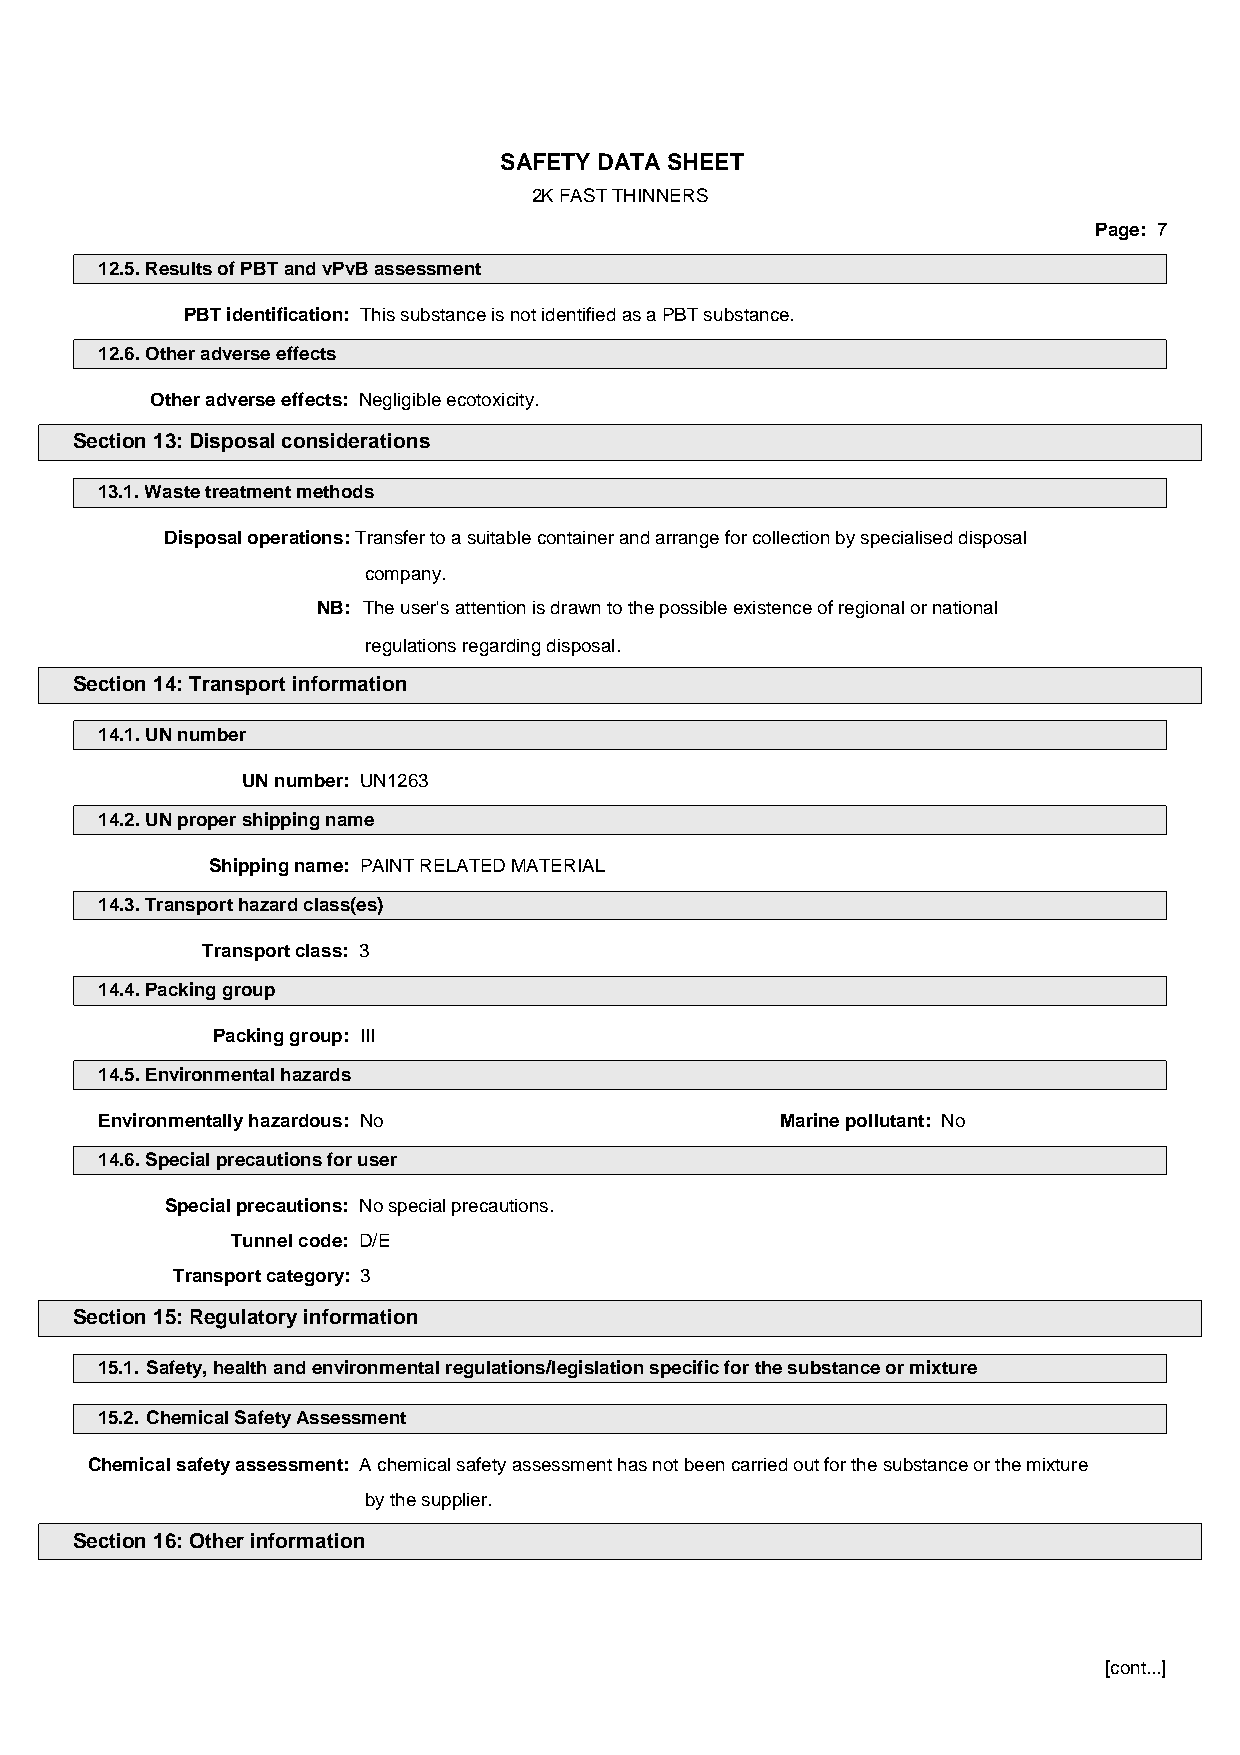
SAFETY DATA SHEET
 2K FAST THINNERS
 Page: 7
 12.5. Results of PBT and vPvB assessment
 PBT identification: This substance is not identified as a PBT substance.
 12.6. Other adverse effects
 Other adverse effects: Negligible ecotoxicity.
 Section 13: Disposal considerations
 13.1. Waste treatment methods
 Disposal operations: Transfer to a suitable container and arrange for collection by specialised disposal
 company.
 NB: The user's attention is drawn to the possible existence of regional or national
 regulations regarding disposal.
 Section 14: Transport information
 14.1. UN number
 UN number: UN1263
 14.2. UN proper shipping name
 Shipping name: PAINT RELATED MATERIAL
 14.3. Transport hazard class(es)
 Transport class: 3
 14.4. Packing group
 Packing group: III
 14.5. Environmental hazards
 Environmentally hazardous: No                 Marine pollutant: No
 14.6. Special precautions for user
 Special precautions: No special precautions.
 Tunnel code: D/E
 Transport category: 3
 Section 15: Regulatory information
 15.1. Safety, health and environmental regulations/legislation specific for the substance or mixture
 15.2. Chemical Safety Assessment
 Chemical safety assessment: A chemical safety assessment has not been carried out for the substance or the mixture
 by the supplier.
 Section 16: Other information
 [cont...]